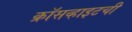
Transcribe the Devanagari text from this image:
क्रॉसव्हाइटची